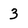
Character: 3